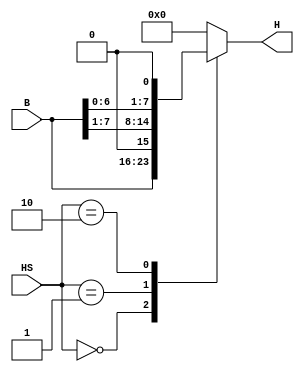
module shifter(B,H,HS);
	input [7:0] B;
	input [1:0] HS;
	reg IR = 0;
	reg IL = 0;
	output reg [7:0] H;
always @(*) begin
	case(HS)
		2'b00: H = B;
		2'b01: H = {IR,B[7:1]};
		2'b10: H = {B[6:0],IL};
		default H = 0;
	endcase
end
endmodule